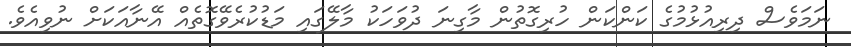
ނަމަވެސް ދިރިއުޅުމުގެ ކަންކަން ހުރިގޮތުން މާގިނަ ދުވަހަކު މާލޭގައި މަޑުކުރެވޭގޮތެއް އޭނާއަކަށް ނުވިއެވެ.